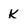
Character: k